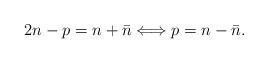
LaTeX: \begin{align*}2n-p = n+\bar n \Longleftrightarrow p=n-\bar n.\end{align*}